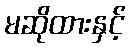
မဆိုထားနှင့်